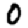
Digit: 0